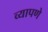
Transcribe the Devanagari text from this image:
व्यापणे